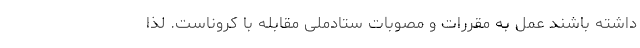
داشته باشند عمل به مقررات و مصوبات ستادملی مقابله با کروناست. لذا